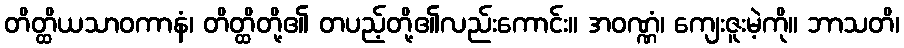
တိတ္ထိယသာဝကာနံ၊ တိတ္ထိတို့၏ တပည့်တို့၏လည်းကောင်း။ အဝဏ္ဏံ၊ ကျေးဇူးမဲ့ကို။ ဘာသတိ၊